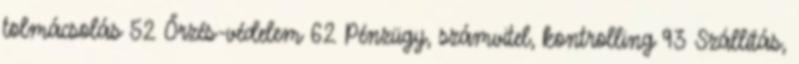
tolmácsolás 52 Őrzés-védelem 62 Pénzügy, számvitel, kontrolling 93 Szállítás,